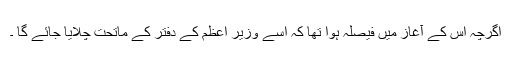
اگرچہ اس کے آغاز میں فیصلہ ہوا تھا کہ اسے وزیر اعظم کے دفتر کے ماتحت چلایا جائے گا ۔